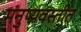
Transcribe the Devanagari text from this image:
मनुष्यवस्तीत